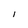
Character: 1